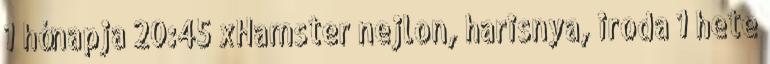
1 hónapja 20:45 xHamster nejlon, harisnya, iroda 1 hete